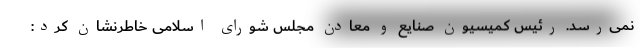
نمی‌رسد. رئیس کمیسیون صنایع و معادن مجلس شورای اسلامی خاطرنشان کرد:‌